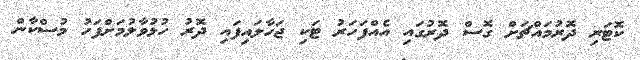
ކޮޓަރި ދޮރުމައްޗަށް ގޮސް ދޮރުގައި އެއްފަހަރު ޓަކި ޖަހާލައިފައި ދޮރު ހުޅުވާލުމަށްފަހު މުސްކާން